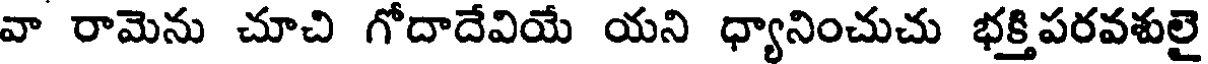
వా రామెను చూచి గోదాదేవియే యని ధ్యానించుచు భక్తిపరవశులై